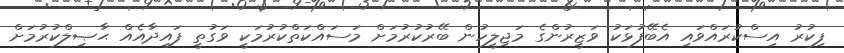
ފިކުރު އިސްކުރައްވައި އެބޭފުޅަކު ވަޒީރުންގެ މަޖިލީހުން ބޭރުކުރުމަށް މަސައްކަތްކުރުމަކީ ވަގުތީ ފައިދާއެއް ޙާޞިލްކުރުމަށް